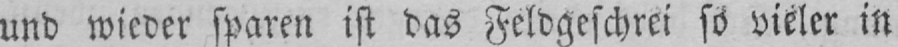
und wieder sparen ist das Feldgeschrei so vieler in